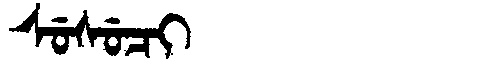
Manchu: ᠰᡠᠰᡠᠴᡳ
Romanization: SUSUCI